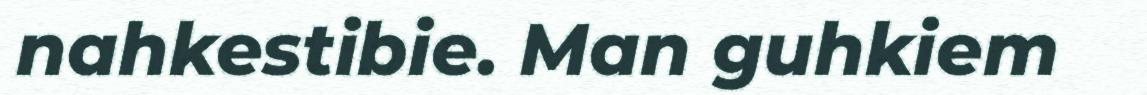
nahkestibie. Man guhkiem